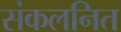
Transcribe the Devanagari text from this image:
संकलनित